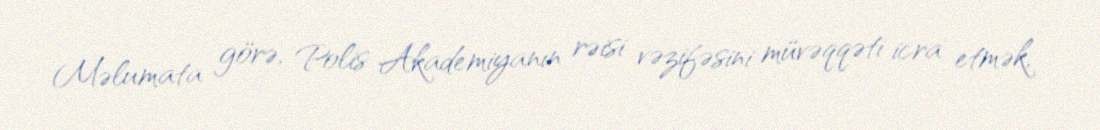
Məlumata görə, Polis Akademiyanın rəisi vəzifəsini müvəqqəti icra etmək,